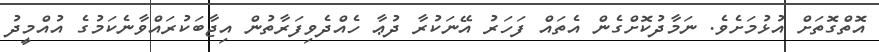
އޮތްގޮތަށް އުޅުމަށެވެ. ނަމާދުކޮށްގެން އެތައް ފަހަރު އޭނަކުރާ ދުޢާ ހެއްދެވިފަރާތުން އިޖާބަކުރައްވާނެކަމުގެ އުއްމީދު